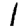
Digit: 1